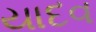
યાદવ